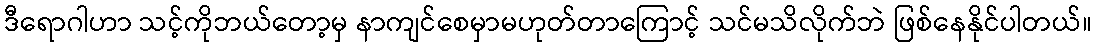
ဒီရောဂါဟာ သင့်ကိုဘယ်တော့မှ နာကျင်စေမှာမဟုတ်တာကြောင့် သင်မသိလိုက်ဘဲ ဖြစ်နေနိုင်ပါတယ်။